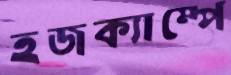
হজক্যাম্পে